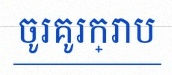
ចូរគូរក្រាប